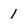
Character: 1